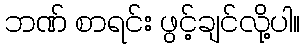
ဘဏ် စာရင်း ဖွင့်ချင်လို့ပါ။